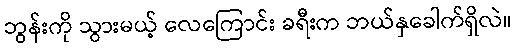
ဘွန်းကို သွားမယ့် လေကြောင်း ခရီးက ဘယ်နှခေါက်ရှိလဲ။